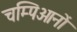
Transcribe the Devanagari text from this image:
चम्पिओनों